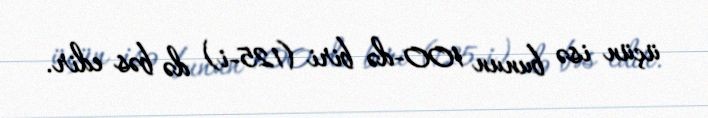
üçün isə bunun 100-də biri (125-i) də bəs edir.